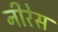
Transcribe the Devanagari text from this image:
नीरेस